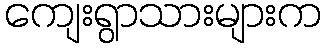
ကျေးရွာသားများက